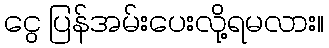
ငွေ ပြန်အမ်းပေးလို့ရမလား။